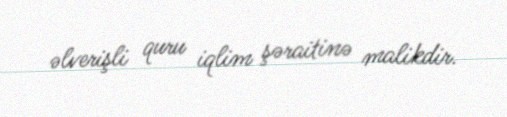
əlverişli quru iqlim şəraitinə malikdir.